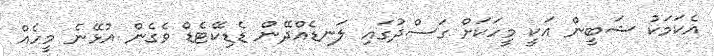
އެކަމަކު ޝަބީން އަކީ މީހަކަށް ގަސްދުގައި ލަނޑެއްދޭން ޑެޑިކޭޓެޑް ވެގެން އުޅޭނެ މީހެއް